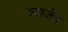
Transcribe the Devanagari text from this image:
व्याजेन